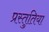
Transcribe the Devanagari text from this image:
प्रस्तुतिया